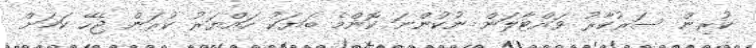
ކުރިން ސަރުކާރު ވައްޓާލަން ނުކުންނަ ކޮންމެ ބަޔަކު ހައްޔަރު ކުރަން ޖެހޭ ކަމަށް